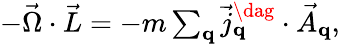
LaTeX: \begin{array}{r}{-\vec{\Omega}\cdot\vec{L}=-m\sum_{\mathbf q}\vec{j}_{\mathbf q}^{\dag}\cdot\vec{A}_{\mathbf q},}\end{array}